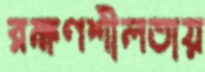
রক্ষণশীলতায়